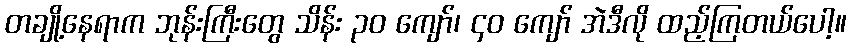
တချို့နေရာက ဘုန်းကြီးတွေ သိန်း ၃၀ ကျော်၊ ၄၀ ကျော် အဲဒီလို ထည့်ကြတယ်ပေါ့။